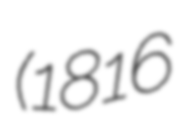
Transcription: (1816